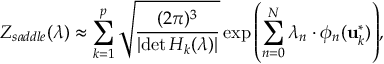
Z _ { s a d d l e } ( \boldsymbol { \lambda } ) \approx \sum _ { k = 1 } ^ { p } \sqrt { \frac { ( 2 \pi ) ^ { 3 } } { \left| \operatorname* { d e t } H _ { k } ( \boldsymbol { \lambda } ) \right| } } \exp { \left( \sum _ { n = 0 } ^ { N } \lambda _ { n } \cdot \phi _ { n } ( \mathbf { u } _ { k } ^ { * } ) \right) } ,